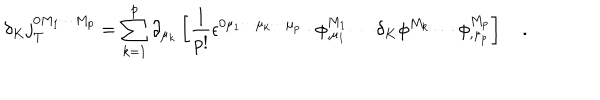
\delta _ { K } j _ { T } ^ { 0 M _ { 1 } \cdots M _ { p } } = \sum _ { k = 1 } ^ { p } \partial _ { \mu _ { k } } \left[ \frac 1 { p ! } \epsilon ^ { 0 \mu _ { 1 } \cdots \mu _ { k } \cdots \mu _ { p } } \cdot \phi _ { , \mu _ { 1 } } ^ { M _ { 1 } } \cdots \delta _ { K } \phi ^ { M _ { k } } \cdots \phi _ { , \mu _ { p } } ^ { M _ { p } } \right] \quad .